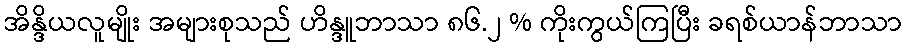
အိန္ဒိယလူမျိုး အများစုသည် ဟိန္ဒူဘာသာ ၈၆.၂ % ကိုးကွယ်ကြပြီး ခရစ်ယာန်ဘာသာ